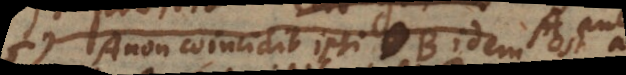
non coincidit ipsi B idem est